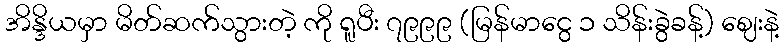
အိန္ဒိယမှာ မိတ်ဆက်သွားတဲ့ ကို ရူပီး ၇၉၉၉ (မြန်မာငွေ ၁ သိန်းခွဲခန့်) ဈေးနဲ့